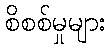
စိစစ်မှုများ